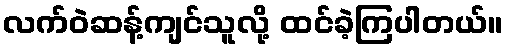
လက်ဝဲဆန့်ကျင်သူလို့ ထင်ခဲ့ကြပါတယ်။